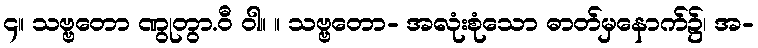
၄။ သဗ္ဗတော ဏွုတွာ.ဝီ ဝါ။ ။ သဗ္ဗတော- အလုံးစုံသော ဓာတ်မှနောက်၌၊ အ-